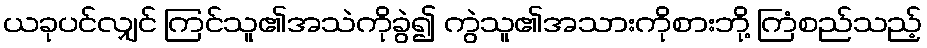
ယခုပင်လျှင် ကြင်သူ၏အသဲကိုခွဲ၍ ကွဲသူ၏အသားကိုစားဘို့ ကြံစည်သည့်